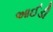
આઈડી